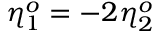
\eta _ { 1 } ^ { o } = - 2 \eta _ { 2 } ^ { o }